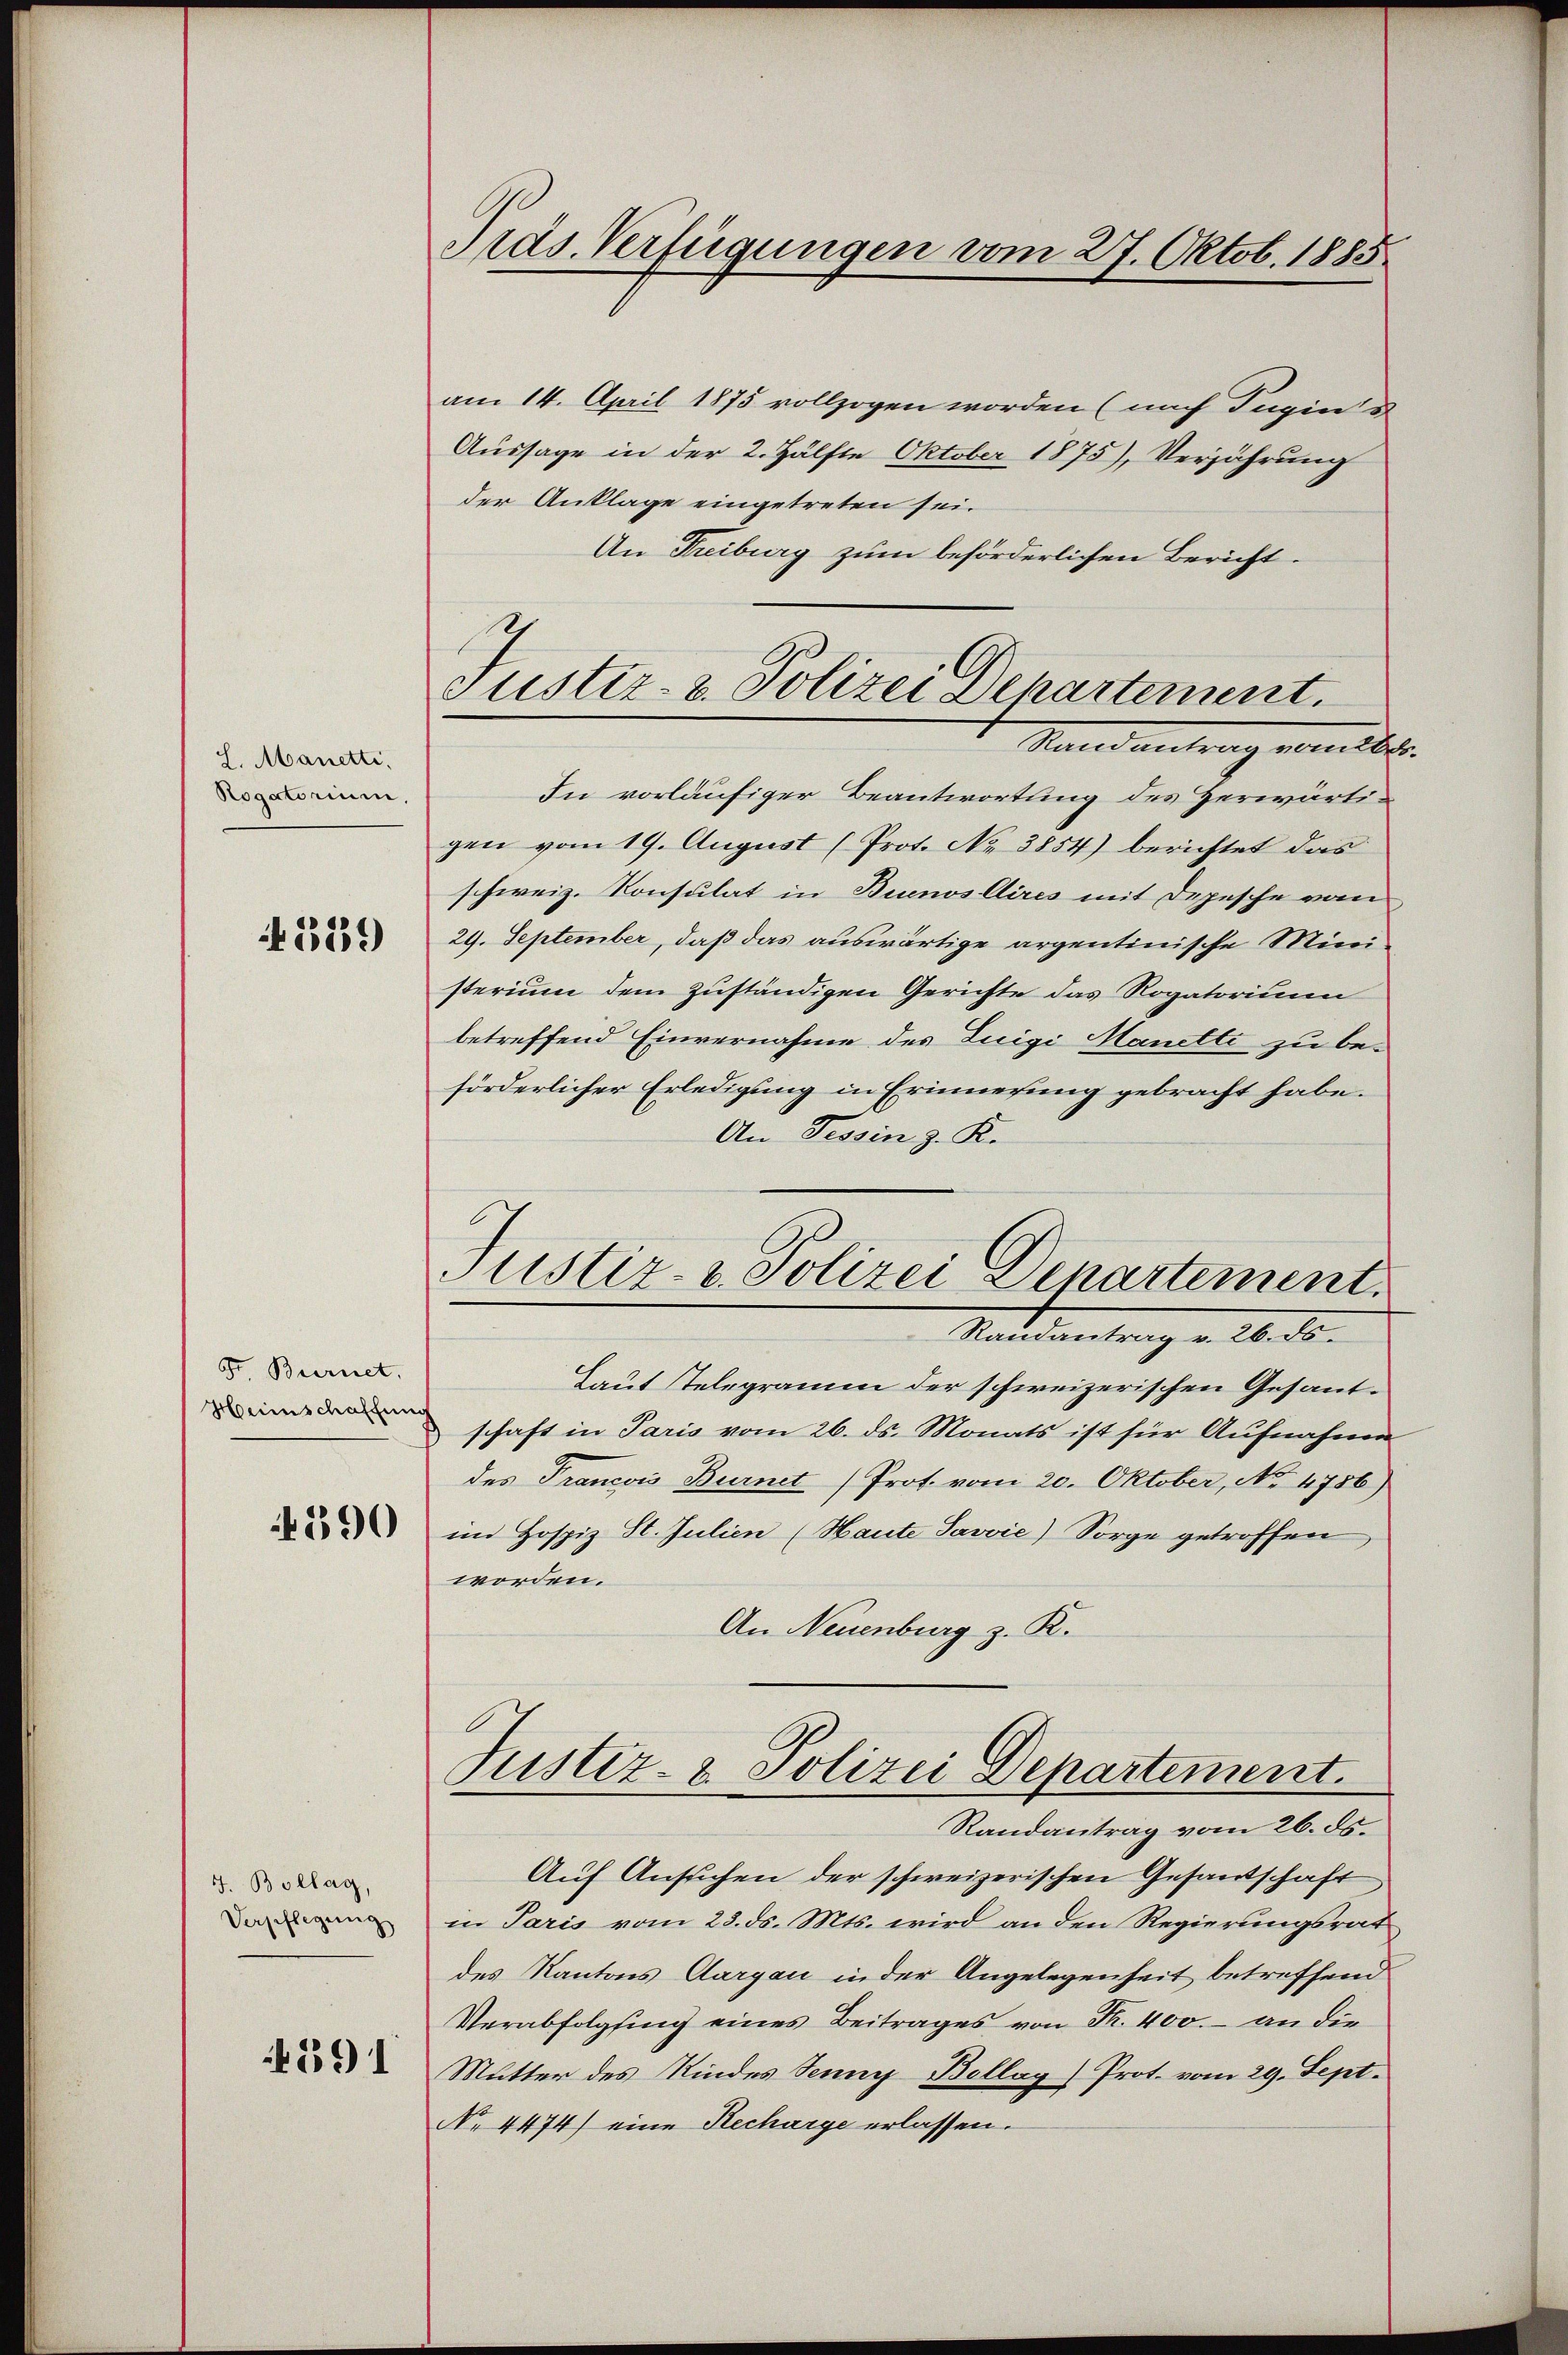
L. Manetti,
Rogatorium,

329)

Fr. Bernet,
Heimschaffung

390

J. Bollag,
Verpflegung

291

Präs. Verfügungen vom 27. Oktob. 1885

Justiz- & Polizei Departement.
Stand antrag erwildet.

Justiz- u. Polizei Departement.

am 14. April 1875 vollzogen worden (nach Tugin d
Aussage in der 2. Hälfte Oktober 1875), Verjährung
der Anklage eingetreten sei.
An Freiburg zum beförderlichen Bericht.
In vorläufiger Beantwortung des Herwärtigen vom 19. August (Prot. No 3854) berichtet das
schweiz. Konsulat in Buenos Aires mit Depesche vom
29. September, daß das auswärtige argentinische Ministerium dem zuständigen Gerichte das Rogatorium
betreffend Einvernahme des Luigi Manetti zu be-
förderlicher Erledigung in Erinnerung gebracht habe.
Au Tessin z. K.
Randantrag v. 26. ds.
Laut Telegramm der schweizerischen Gesandschaft in Paris vom 26. ds. Monats ist für Aufnahme
des Francois Burnet (Prot. vom 20. Oktober, No 4786)
im Hospiz St. Julien (Haute Savvie) Sorge getroffen
worden.
An Neuenburg z. K.
Justiz- & Polizei Departement.
Randantrag vom 26. ds.
Auf Ansuchen der schweizerischen Gesandschaft
in Paris vom 23. ds. Mts. wird an den Regierungsrat
des Kantons Aargau in der Angelegenheit betreffend
Verabfolgung eines Beitrages von Fr. 400. an die
Mutter des Kindes Jenny Bellay) Prot. vom 29. Sept.
No 4474) eine Recharge erlassen.